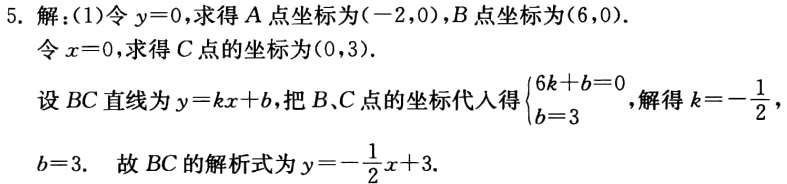
5. 解：(1)令\(y = 0\)，求得\(A\)点坐标为\((-2,0)\)，\(B\)点坐标为\((6,0)\)。
令\(x = 0\)，求得\(C\)点的坐标为\((0,3)\)。
设\(BC\)直线为\(y = kx + b\)，把\(B\)、\(C\)点的坐标代入得\(\begin{cases}6k + b = 0\\b = 3\end{cases}\)，解得\(k = -\dfrac{1}{2}\)，\(b = 3\). 故\(BC\)的解析式为\(y = -\dfrac{1}{2}x + 3\)。